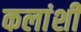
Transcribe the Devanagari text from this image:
कलांशी